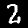
Label: 2